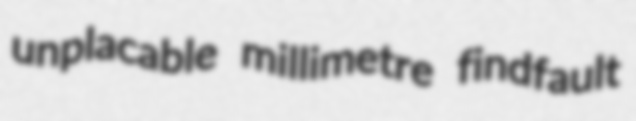
unplacable millimetre findfault